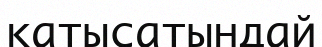
қатысатындай